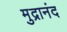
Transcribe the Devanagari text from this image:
मुद्रानंद